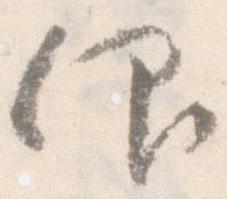
仰